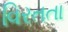
વિરતતા